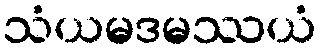
သံယမဒမဿယံ